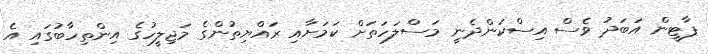
ޕާޓީން އަބަދު ވެސް އިސްކަންދެނީ މަސްލަހަތަށް ކަމަށާއި ރައްޔިތުންގެ މަޖިލީހުގެ އިންތިހާބުގައި އެ